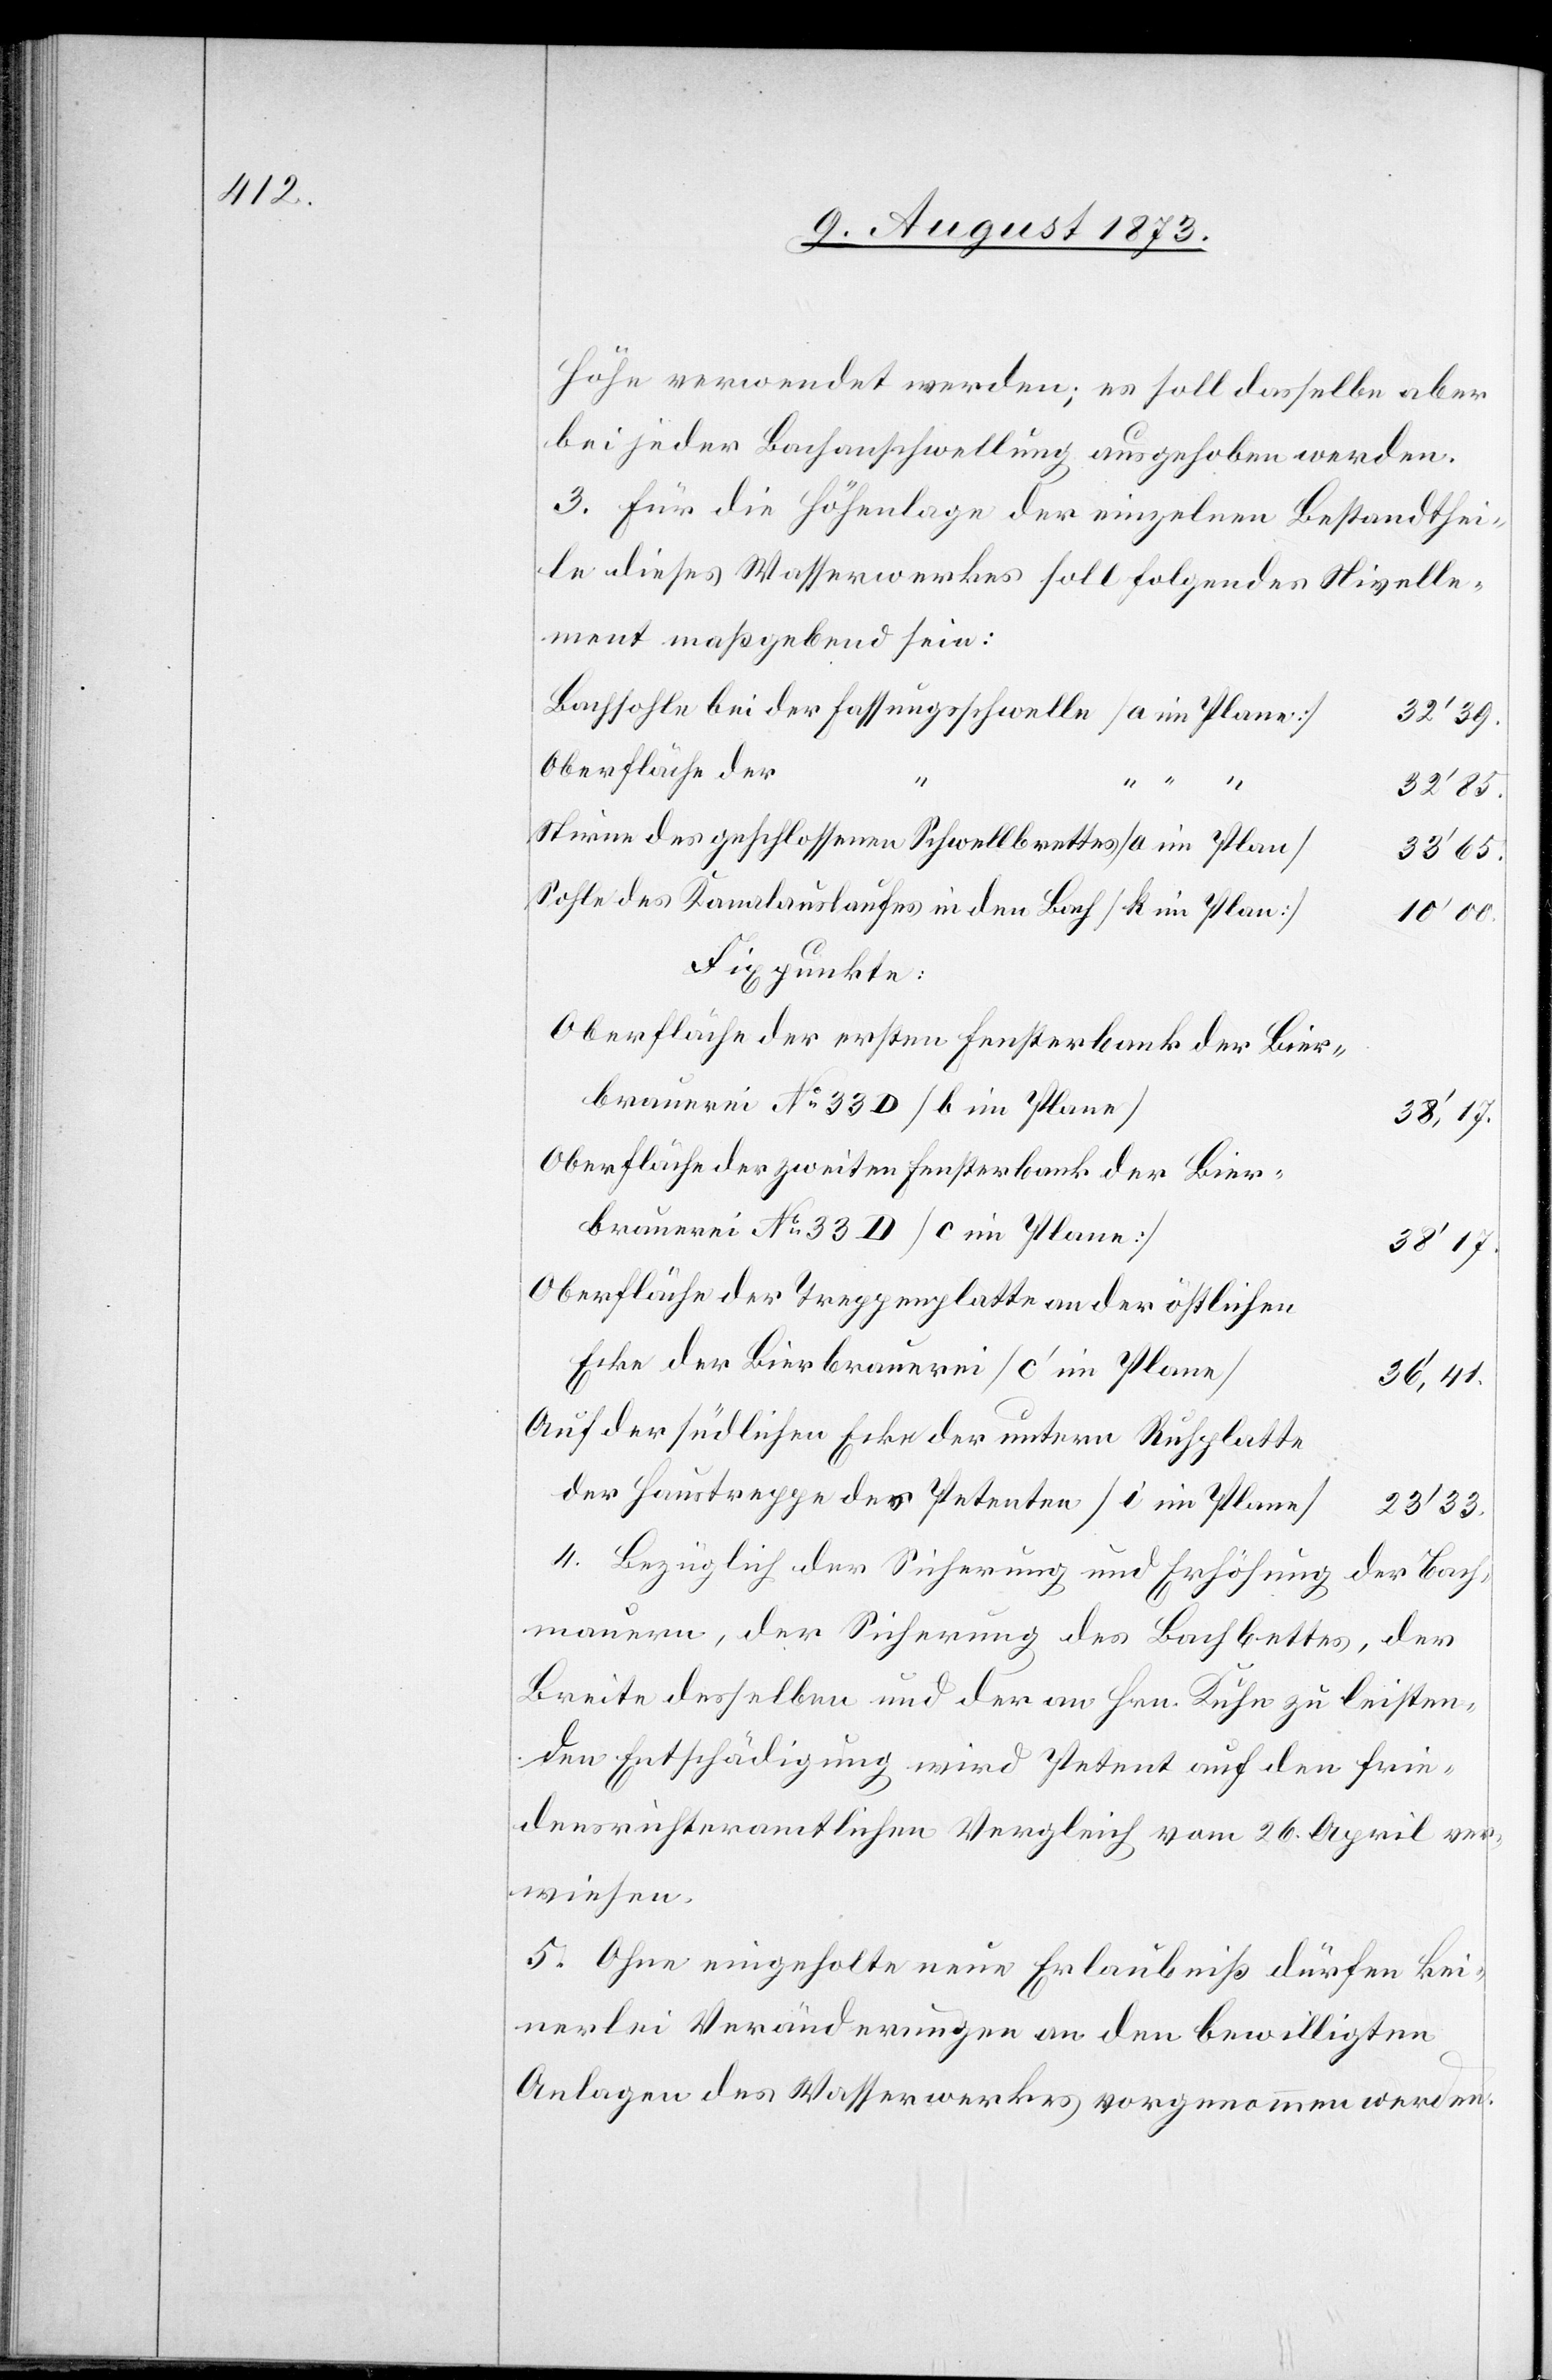
Höhe verwendet werden; es soll dasselbe aber
bei jeder Bachanschwellung ausgehoben werden.
3. Für die Höhenlage der einzelnen Bestandthei¬
le dieses Wasserwerkes soll folgendes Nivelle¬
ment maßgebend sein:
32’39.
Oberfläche der
32’85.
Stirne des geschlossenen Schwellbrettes [a im Plan]
33’65.
Sohle des Kanalauslaufes in den Bach [k im Plan]
10’00.
Fixpunkte:
Oberfläche der ersten Fensterbank der Bier¬
brauerei No 33D [b im Plane]
38’17.
Oberfläche der zweiten Fensterbank der Bier¬
brauerei No 33D [c im Plane]
38’17.
Oberfläche der Treppenplatte an der östlichen
Ecke der Bierbrauerei [c’ im Plane]
36’41.
Auf der südlichen Ecke der untern Ruhplatte
der Haustreppe des Petenten [i im Plane]
23’33.
4. Bezüglich der Sicherung und Erhöhung der Bach¬
mauern, der Sicherung des Bachbettes, der
Breite desselben und der an Hrn. Kuhn zu leisten¬
den Entschädigung wird Petent auf den frie¬
densrichteramtlichen Vergleich vom 26. April ver¬
wiesen.
5. Ohne eingeholte neue Erlaubniß dürfen kei¬
nerlei Veränderungen an den bewilligten
Anlagen des Wasserwerkes vorgenommen werden.